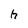
Character: h